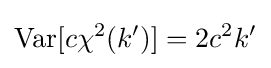
\operatorname {Var} [c\chi ^{2}(k')]=2c^{2}k'